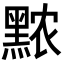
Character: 𬹖